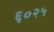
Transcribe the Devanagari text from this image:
६०२५